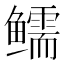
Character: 𱈗